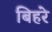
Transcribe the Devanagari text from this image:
बिहरे